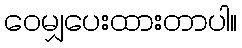
ဝေမျှပေးထားတာပါ။